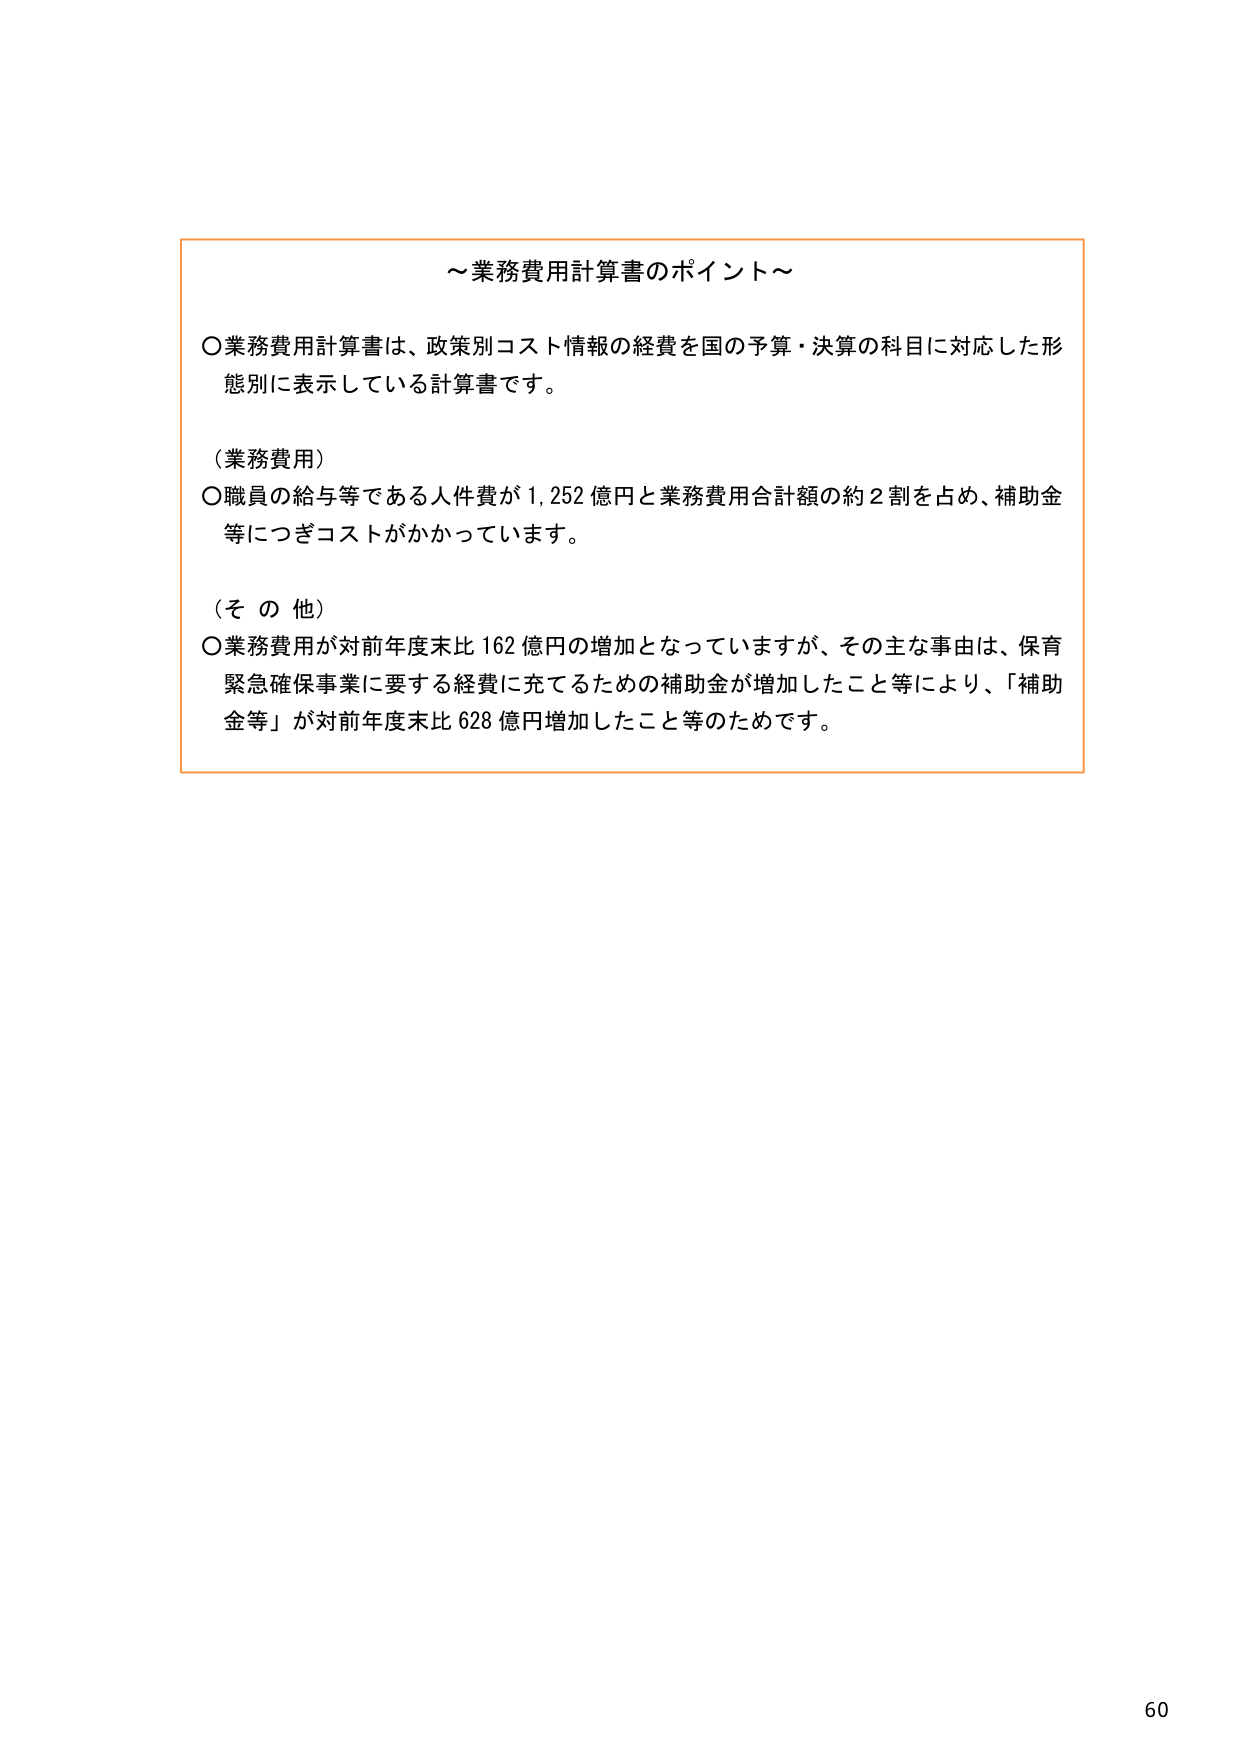
～業務費用計算書のポイント～

○業務費用計算書は、政策別コスト情報の経費を国の予算・決算の科目に対応した形態別に表示している計算書です。

（業務費用）
○職員の給与等である人件費が1,252億円と業務費用合計額の約2割を占め、補助金等につぎコストがかかっています。

（その他）
○業務費用が対前年度末比162億円の増加となっていますが、その主な事由は、保育緊急確保事業に要する経費に充てるための補助金が増加したこと等により、「補助金等」が対前年度末比628億円増加したこと等のためです。

60